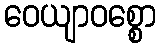
ဝေယျာဝစ္စော